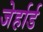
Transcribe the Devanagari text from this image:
जेर्हार्ड